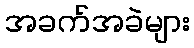
အခက်အခဲများ